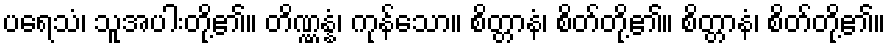
ပရေသံ၊ သူအပါးတို့၏။ တိဏ္ဏန္နံ၊ ကုန်သော။ စိတ္တာနံ၊ စိတ်တို့၏။ စိတ္တာနံ၊ စိတ်တို့၏။